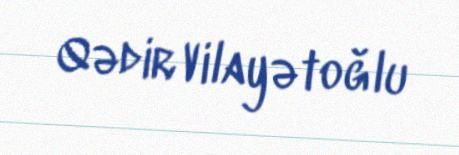
Qədir Vilayətoğlu